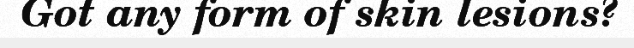
Got any form of skin lesions?